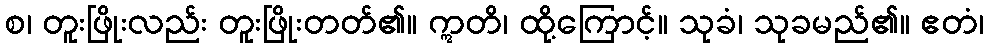
စ၊ တူးဖြိုးလည်း တူးဖြိုးတတ်၏။ ဣတိ၊ ထို့ကြောင့်။ သုခံ၊ သုခမည်၏။ ဧတံ၊